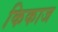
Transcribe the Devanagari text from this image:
किकाज